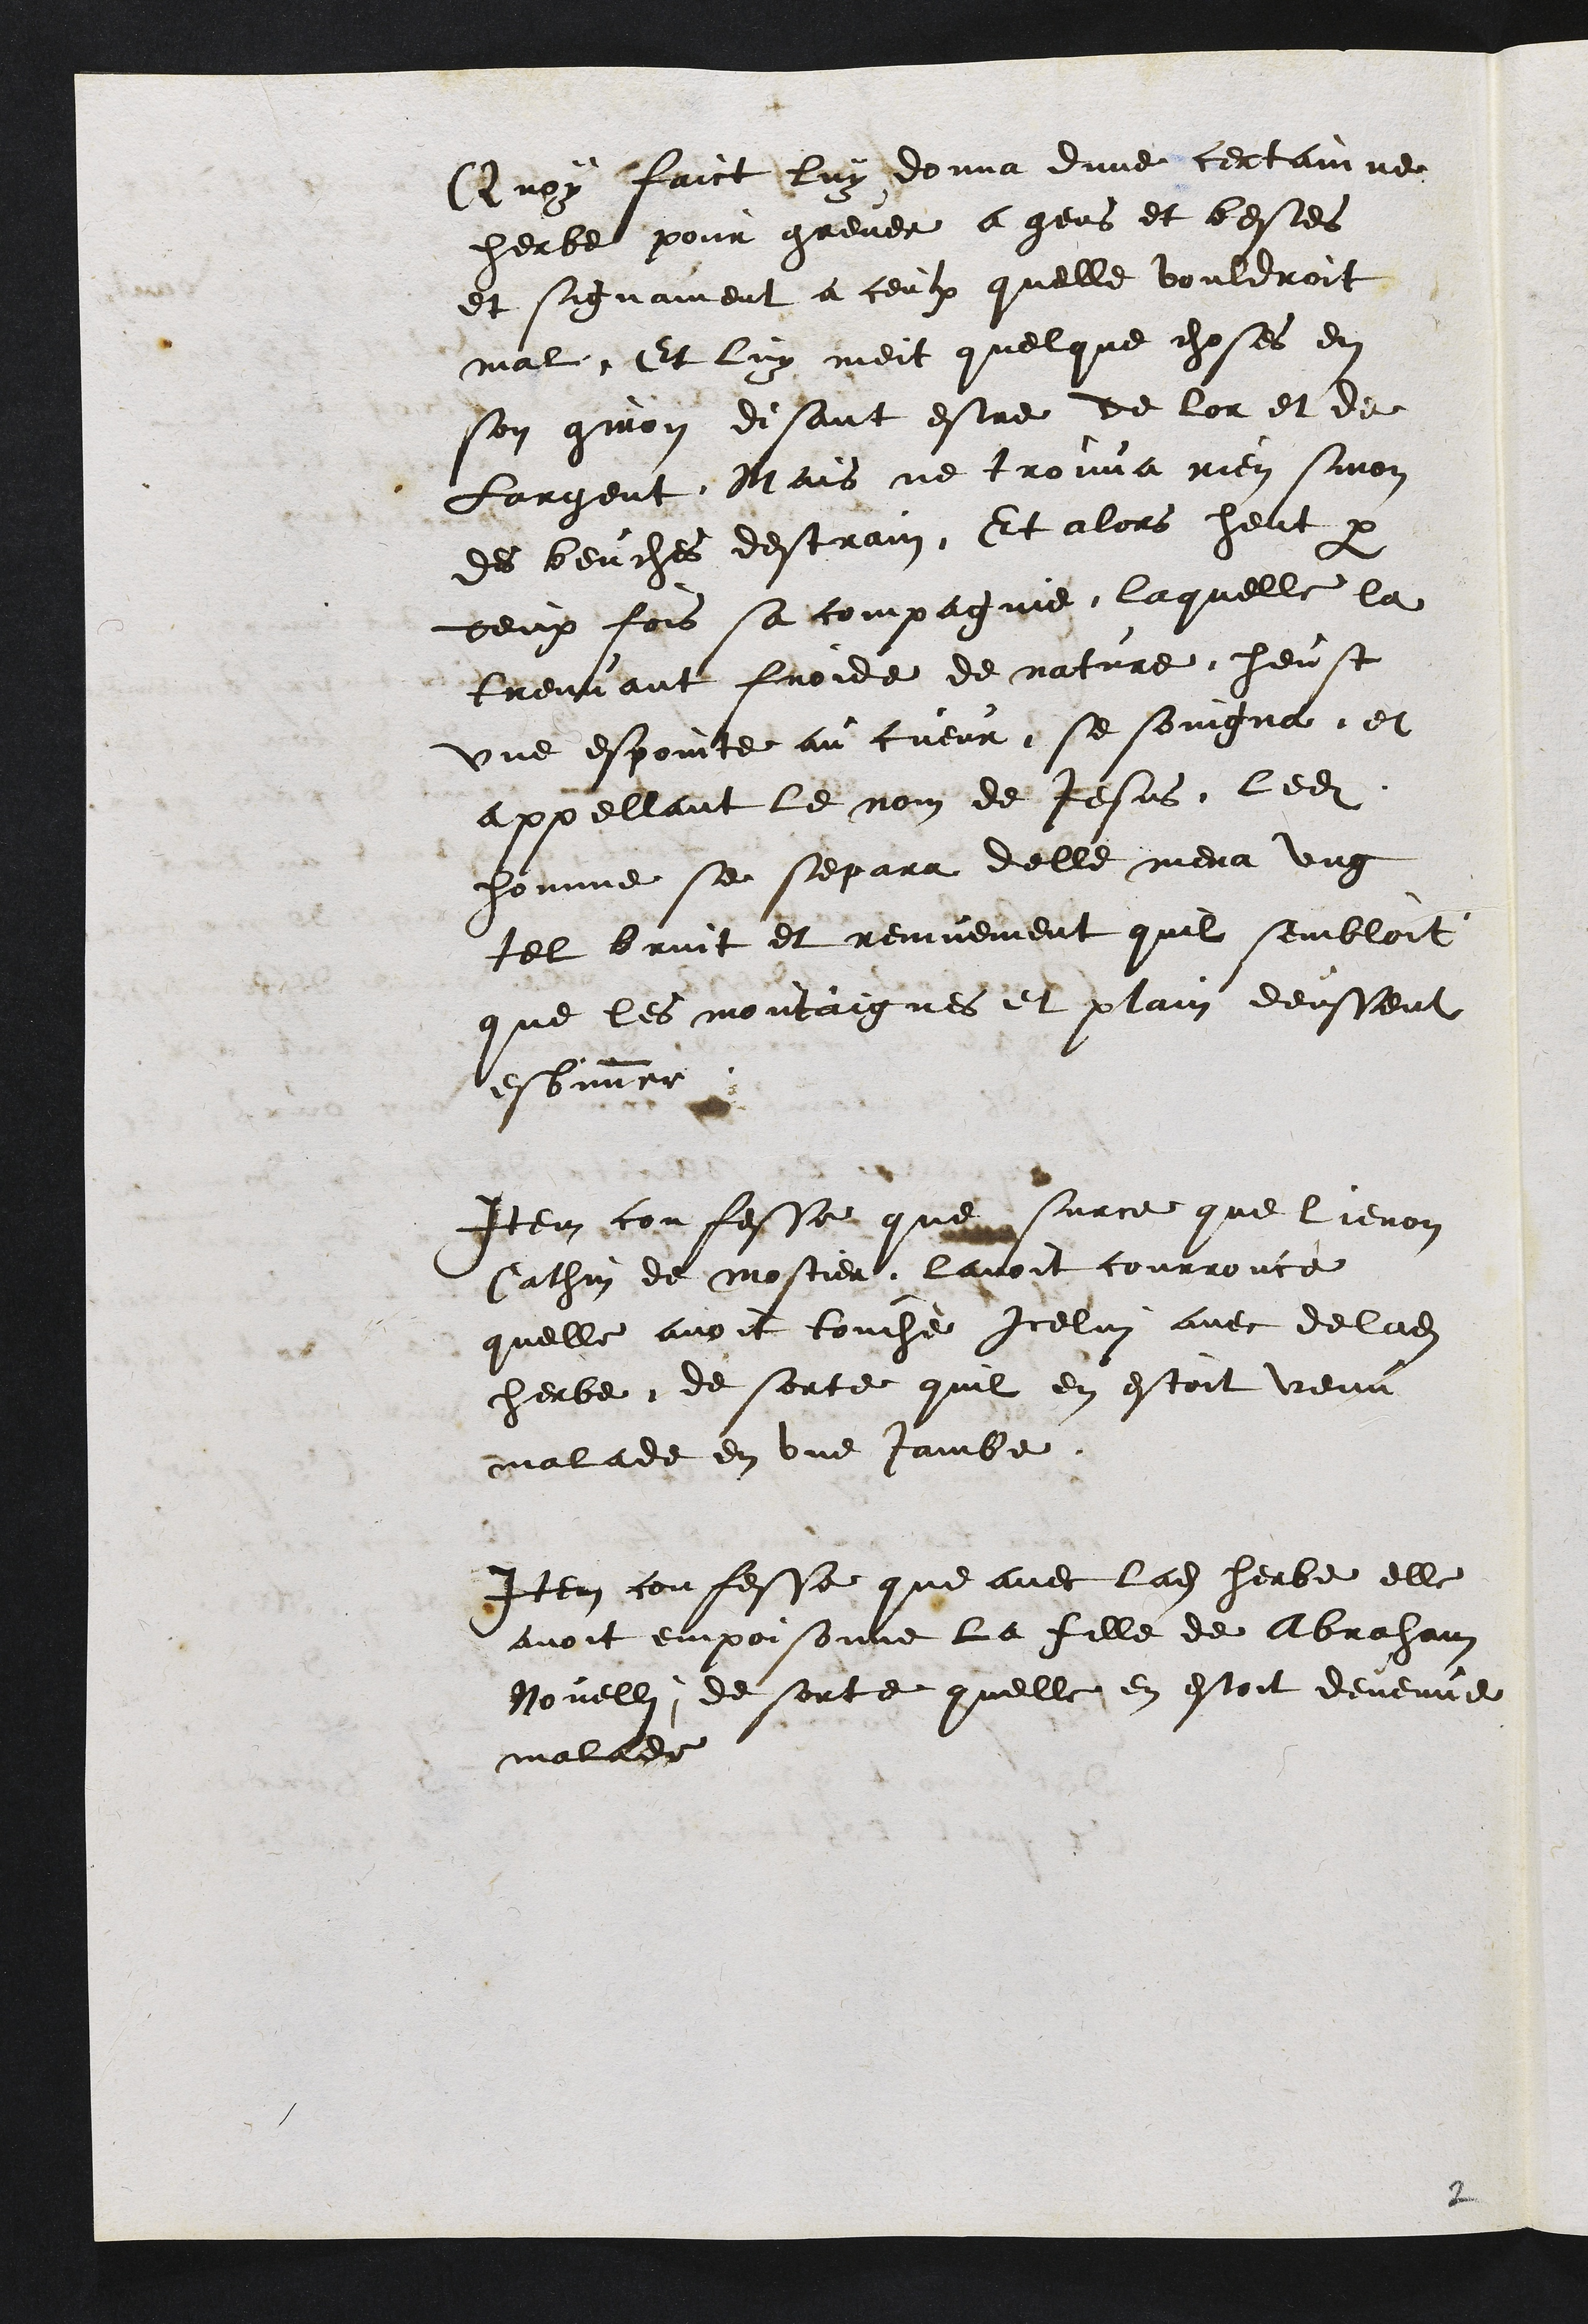
Quoy faict luy donna dune certainne
herbe pour grevee a gens et bestes
et signament a ceulx quelle vouldroit
mal. Et luy meit quelque choses en
son giron disant estre de lor et de
Largent, Mais ne trouva rien sinon
des beuches destrain. Et alors heut par
deux fois sa compagnie laquelle la
treuvant froide de nature heust
une espointe au cueur se soingna, et
appellant le nom de Jesus ledit
homme se separa delle mena ung
tel bruit et remuement quil sembloit
que les montaignes et plain deussent
esbimmer
Item confesse que surce que lienon
Cathin de mostier lavoit courrouce
quelle avoit touche Icelui avec de ladite
herbe de sorte quil en estoit venu
malade en une Jambe
Item confesse que avec ladite herbe elle
avoit empoisonne la fille de Abraham
Novelli de sorte quelle en estoit devenue
malade